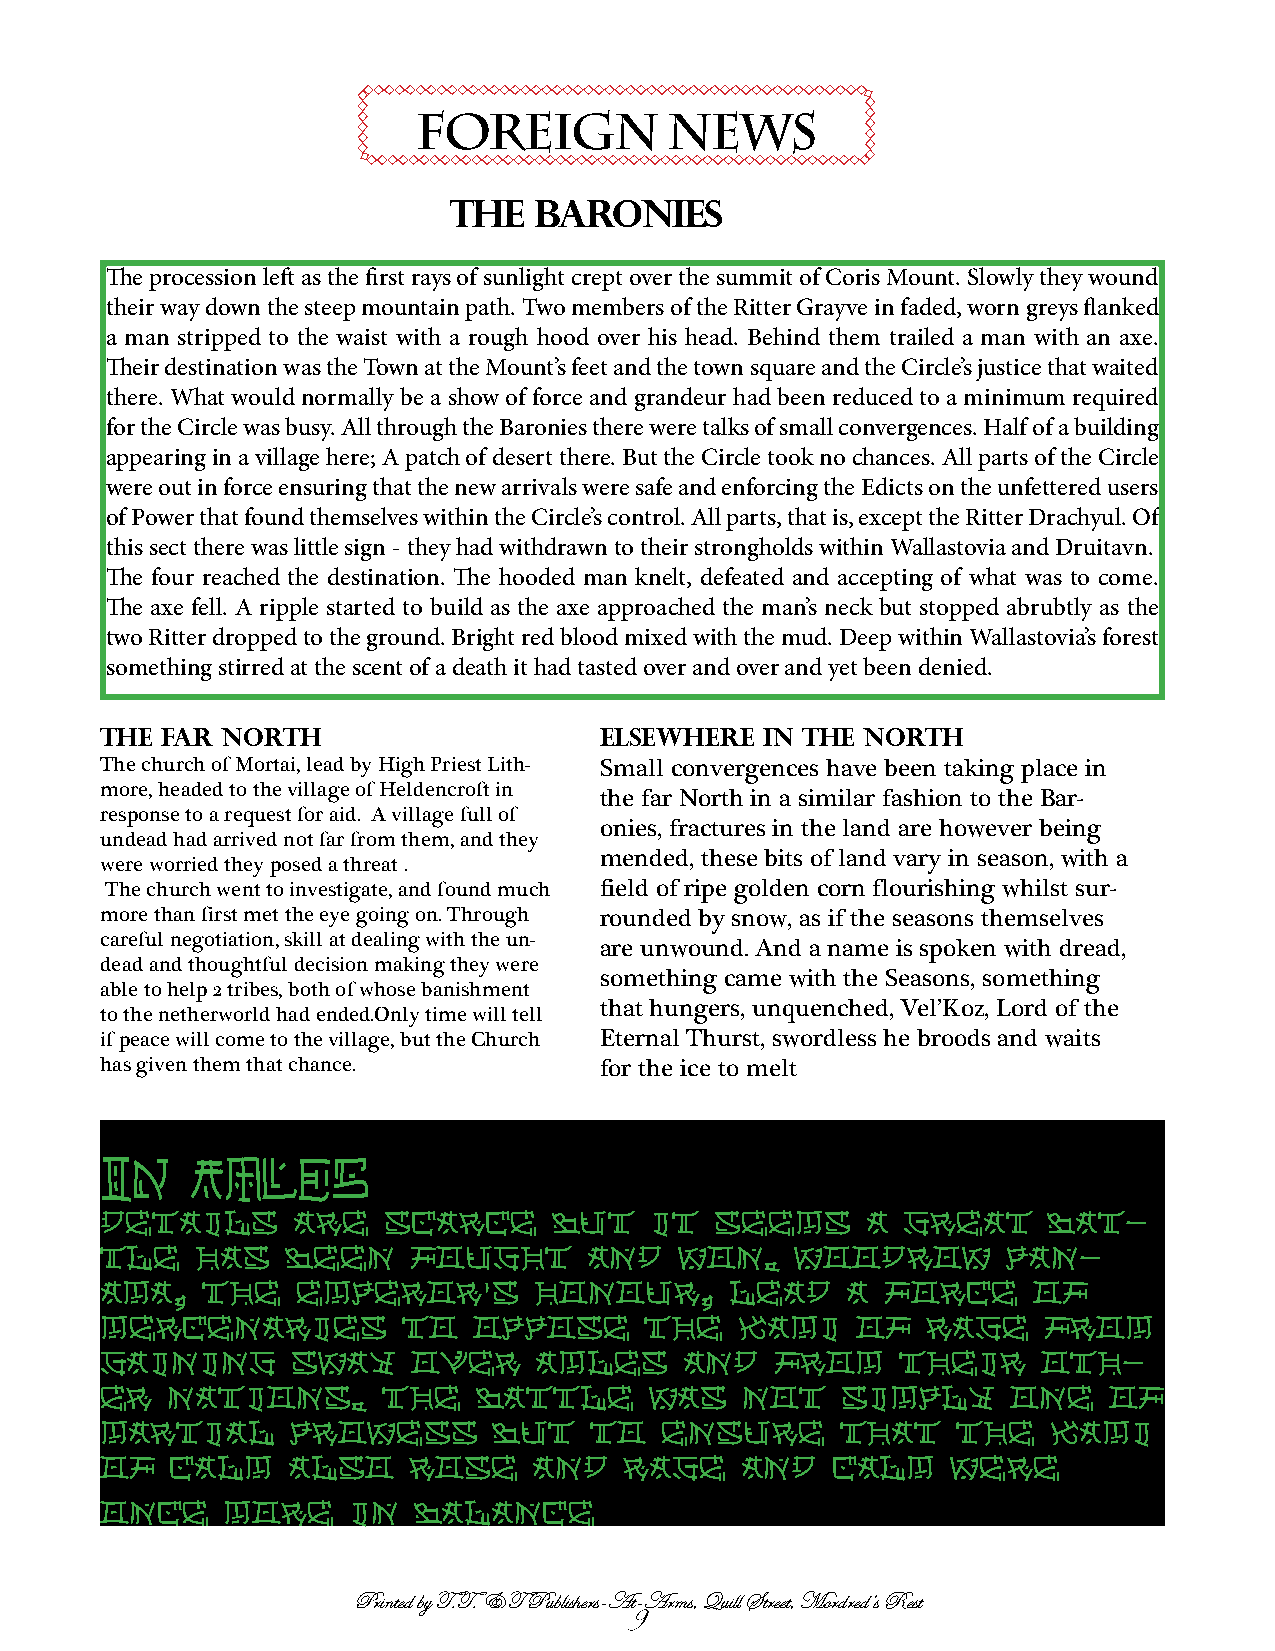
FOREIGN          NEWS
 THE  BARONIES
 The procession left as the first rays of sunlight crept over the summit of Coris Mount. Slowly they wound
 their way down the steep mountain path. Two members of the Ritter Grayve in faded, worn greys flanked
 a man stripped to the waist with a rough hood over his head. Behind them trailed a man with an axe.
 Their destination was the Town at the Mount’s feet and the town square and the Circle’s justice that waited
 there. What would normally be a show of force and grandeur had been reduced to a minimum required
 for the Circle was busy. All through the Baronies there were talks of small convergences. Half of a building
 appearing in a village here; A patch of desert there. But the Circle took no chances. All parts of the Circle
 were out in force ensuring that the new arrivals were safe and enforcing the Edicts on the unfettered users
 of Power that found themselves within the Circle’s control. All parts, that is, except the Ritter Drachyul. Of
 this sect there was little sign - they had withdrawn to their strongholds within Wallastovia and Druitavn.
 The four reached the destination. The hooded man knelt, defeated and accepting of what was to come.
 The axe fell. A ripple started to build as the axe approached the man’s neck but stopped abrubtly as the
 two Ritter dropped to the ground. Bright red blood mixed with the mud. Deep within Wallastovia’s forest
 something stirred at the scent of a death it had tasted over and over and yet been denied.
 THE FAR NORTH                    Elsewhere  in the north
 The church of Mortai, lead by High Priest Lith- Small convergences have been taking place in
 more, headed to the village of Heldencroft in
 the far North in a similar fashion to the Bar-
 response to a request for aid. A village full of
 onies, fractures in the land are however being
 undead had arrived not far from them, and they
 mended, these bits of land vary in season, with a
 were worried they posed a threat .
 The church went to investigate, and found much field of ripe golden corn flourishing whilst sur-
 more than first met the eye going on. Through rounded by snow, as if the seasons themselves
 careful negotiation, skill at dealing with the un-
 are unwound. And a name is spoken with dread,
 dead and thoughtful decision making they were
 something came with the Seasons, something
 able to help 2 tribes, both of whose banishment
 that hungers, unquenched, Vel’Koz, Lord of the
 to the netherworld had ended.Only time will tell
 if peace will come to the village, but the Church Eternal Thurst, swordless he broods and waits
 has given them that chance.      for the ice to melt
 IN    AMLES
 details     are   scarce      but   it  seems     a  great    bat-
 tle   has   been    fought      and   won.    woodrow       pan-
 ama,  the    emperor's      honour,      lead    a  force    of
 mercenaries         to  oppose      the   kami    of  rage    from
 gaining     sway    over    amles     and   from     their    oth-
 er  nations.      the    battle     was   not    simply     one   of
 martial     prowess       but   to   ensure      that   the    kami
 of  calm    also    rose    and   rage    and   calm    were
 once    more    in  balance
 Printed by T.T. & T Publishers-At-Arms, Quill Street, Mordred’s Rest
 9